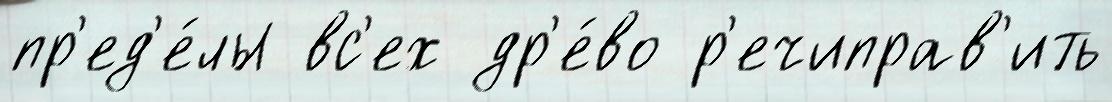
пр'ед'е́лы вс'ех др'е́во р'ечиправ'ить